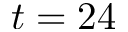
t = 2 4